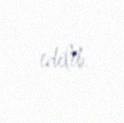
edilib.